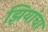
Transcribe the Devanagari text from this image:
झियांचा